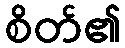
စိတ်၏